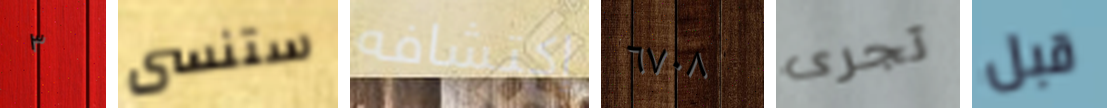
٣ ستنسى إكتشافه ٦٧٠٨ تجرى قبل